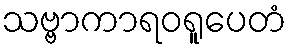
သဗ္ဗာကာရဝရူပေတံ